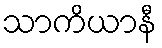
သာကိယာနီ